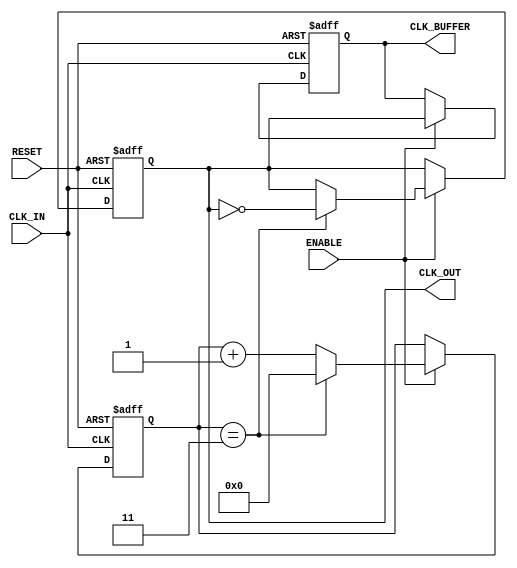
module clk_divider_buffer #(
    parameter N = 4      // Clock division factor (default is 4)
) (
    input wire CLK_IN,    // Input clock signal
    input wire RESET,     // Reset signal
    input wire ENABLE,    // Enable signal for clock output
    output reg CLK_OUT,   // Divided clock output
    output reg CLK_BUFFER // Buffered output (optional)
);

    reg [31:0] counter;    // Counter to keep track of clock cycles

    // Asynchronous reset
    always @(posedge CLK_IN or posedge RESET) begin
        if (RESET) begin
            counter <= 0;
            CLK_OUT <= 0;
            CLK_BUFFER <= 0;
        end else if (ENABLE) begin
            if (counter == (N - 1)) begin
                CLK_OUT <= ~CLK_OUT; // Toggle output clock
                counter <= 0;        // Reset counter
            end else begin
                counter <= counter + 1;
            end
            
            // Buffering the divided clock signal
            CLK_BUFFER <= CLK_OUT;
        end
    end

endmodule